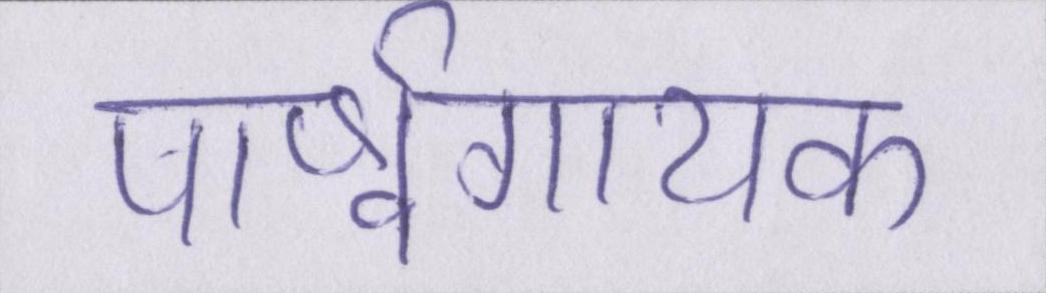
पार्श्वगायक